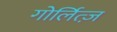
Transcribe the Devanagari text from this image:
गोर्लित्ज़